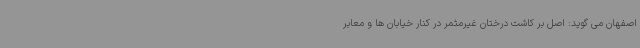
اصفهان می گوید: اصل بر کاشت درختان غیرمثمر در کنار خیابان ها و معابر